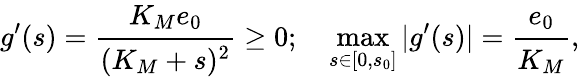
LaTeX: g^{\prime}(s)=\cfrac{K_{M}e_{0}}{(K_{M}+s)^{2}}\geq 0;\quad\operatorname*{max}_{s\in[0,s_{0}]}|g^{\prime}(s)|=\cfrac{e_{0}}{K_{M}},